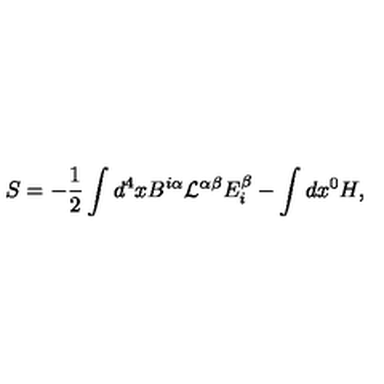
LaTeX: S = - { \frac { 1 } { 2 } } \int d ^ { 4 } x B ^ { i \alpha } { \mathcal L } ^ { \alpha \beta } E _ { i } ^ { \beta } - \int d x ^ { 0 } H ,